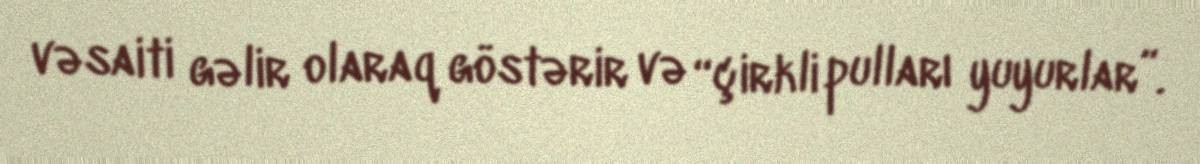
vəsaiti gəlir olaraq göstərir və “çirkli pulları yuyurlar”.